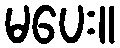
မပေး။